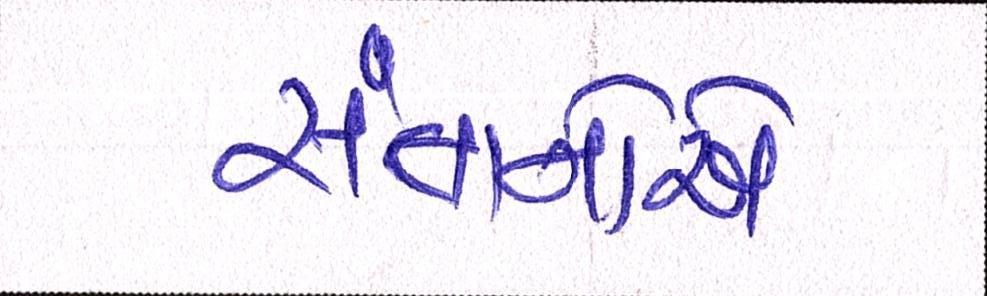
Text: સંતાનોએ